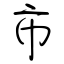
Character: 市